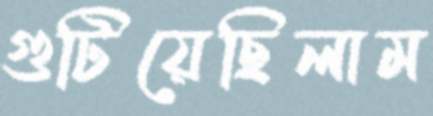
গুটিয়েছিলাম